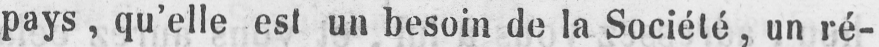
pays, qu’elle est un besoin de la Société, un ré-